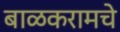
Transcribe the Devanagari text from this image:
बाळकरामचे